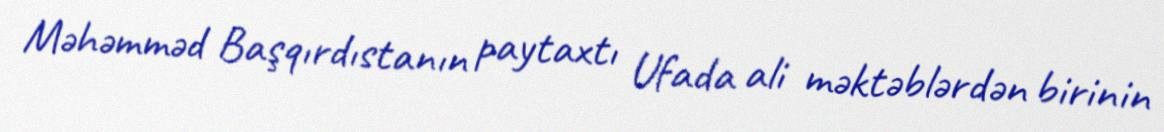
Məhəmməd Başqırdıstanın paytaxtı Ufada ali məktəblərdən birinin